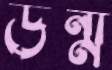
উন্ম